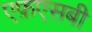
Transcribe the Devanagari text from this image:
एफ़एसबी